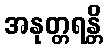
အနုတ္တရန္တိ